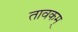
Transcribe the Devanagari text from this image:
तावकम्